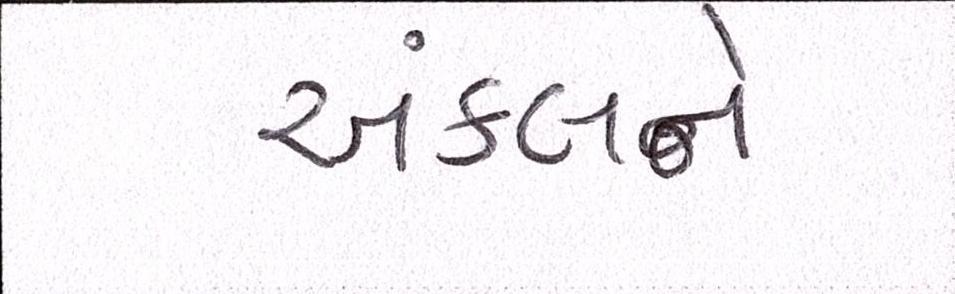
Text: અંકલને